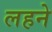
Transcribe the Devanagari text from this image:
लहने